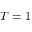
T = 1